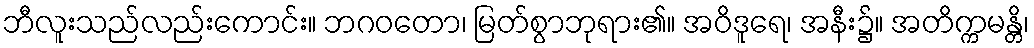
ဘီလူးသည်လည်းကောင်း။ ဘဂဝတော၊ မြတ်စွာဘုရား၏။ အဝိဒူရေ၊ အနီး၌။ အတိက္ကမန္တိ၊